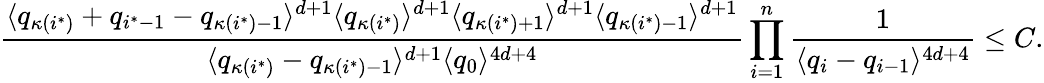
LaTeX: \frac{\langle q_{\kappa(i^{*})}+q_{i^{*}-1}-q_{\kappa(i^{*})-1}\rangle^{d+1}\langle q_{\kappa(i^{*})}\rangle^{d+1}\langle q_{\kappa(i^{*})+1}\rangle^{d+1}\langle q_{\kappa(i^{*})-1}\rangle^{d+1}}{\langle q_{\kappa(i^{*})}-q_{\kappa(i^{*})-1}\rangle^{d+1}\langle q_{0}\rangle^{4d+4}}\prod_{i=1}^{n}\frac{1}{\langle q_{i}-q_{i-1}\rangle^{4d+4}}\leq C.